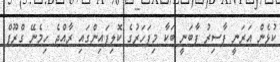
ކުޅެން އަރަނީ ފާސިރު ފާބަނީ ބަކާ މިފަހަރުގެ ކޮލިފައިންގައި ރާއްޖެ ހިމެނޭ ގްރޫޕް